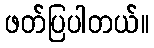
ဖတ်ပြပါတယ်။